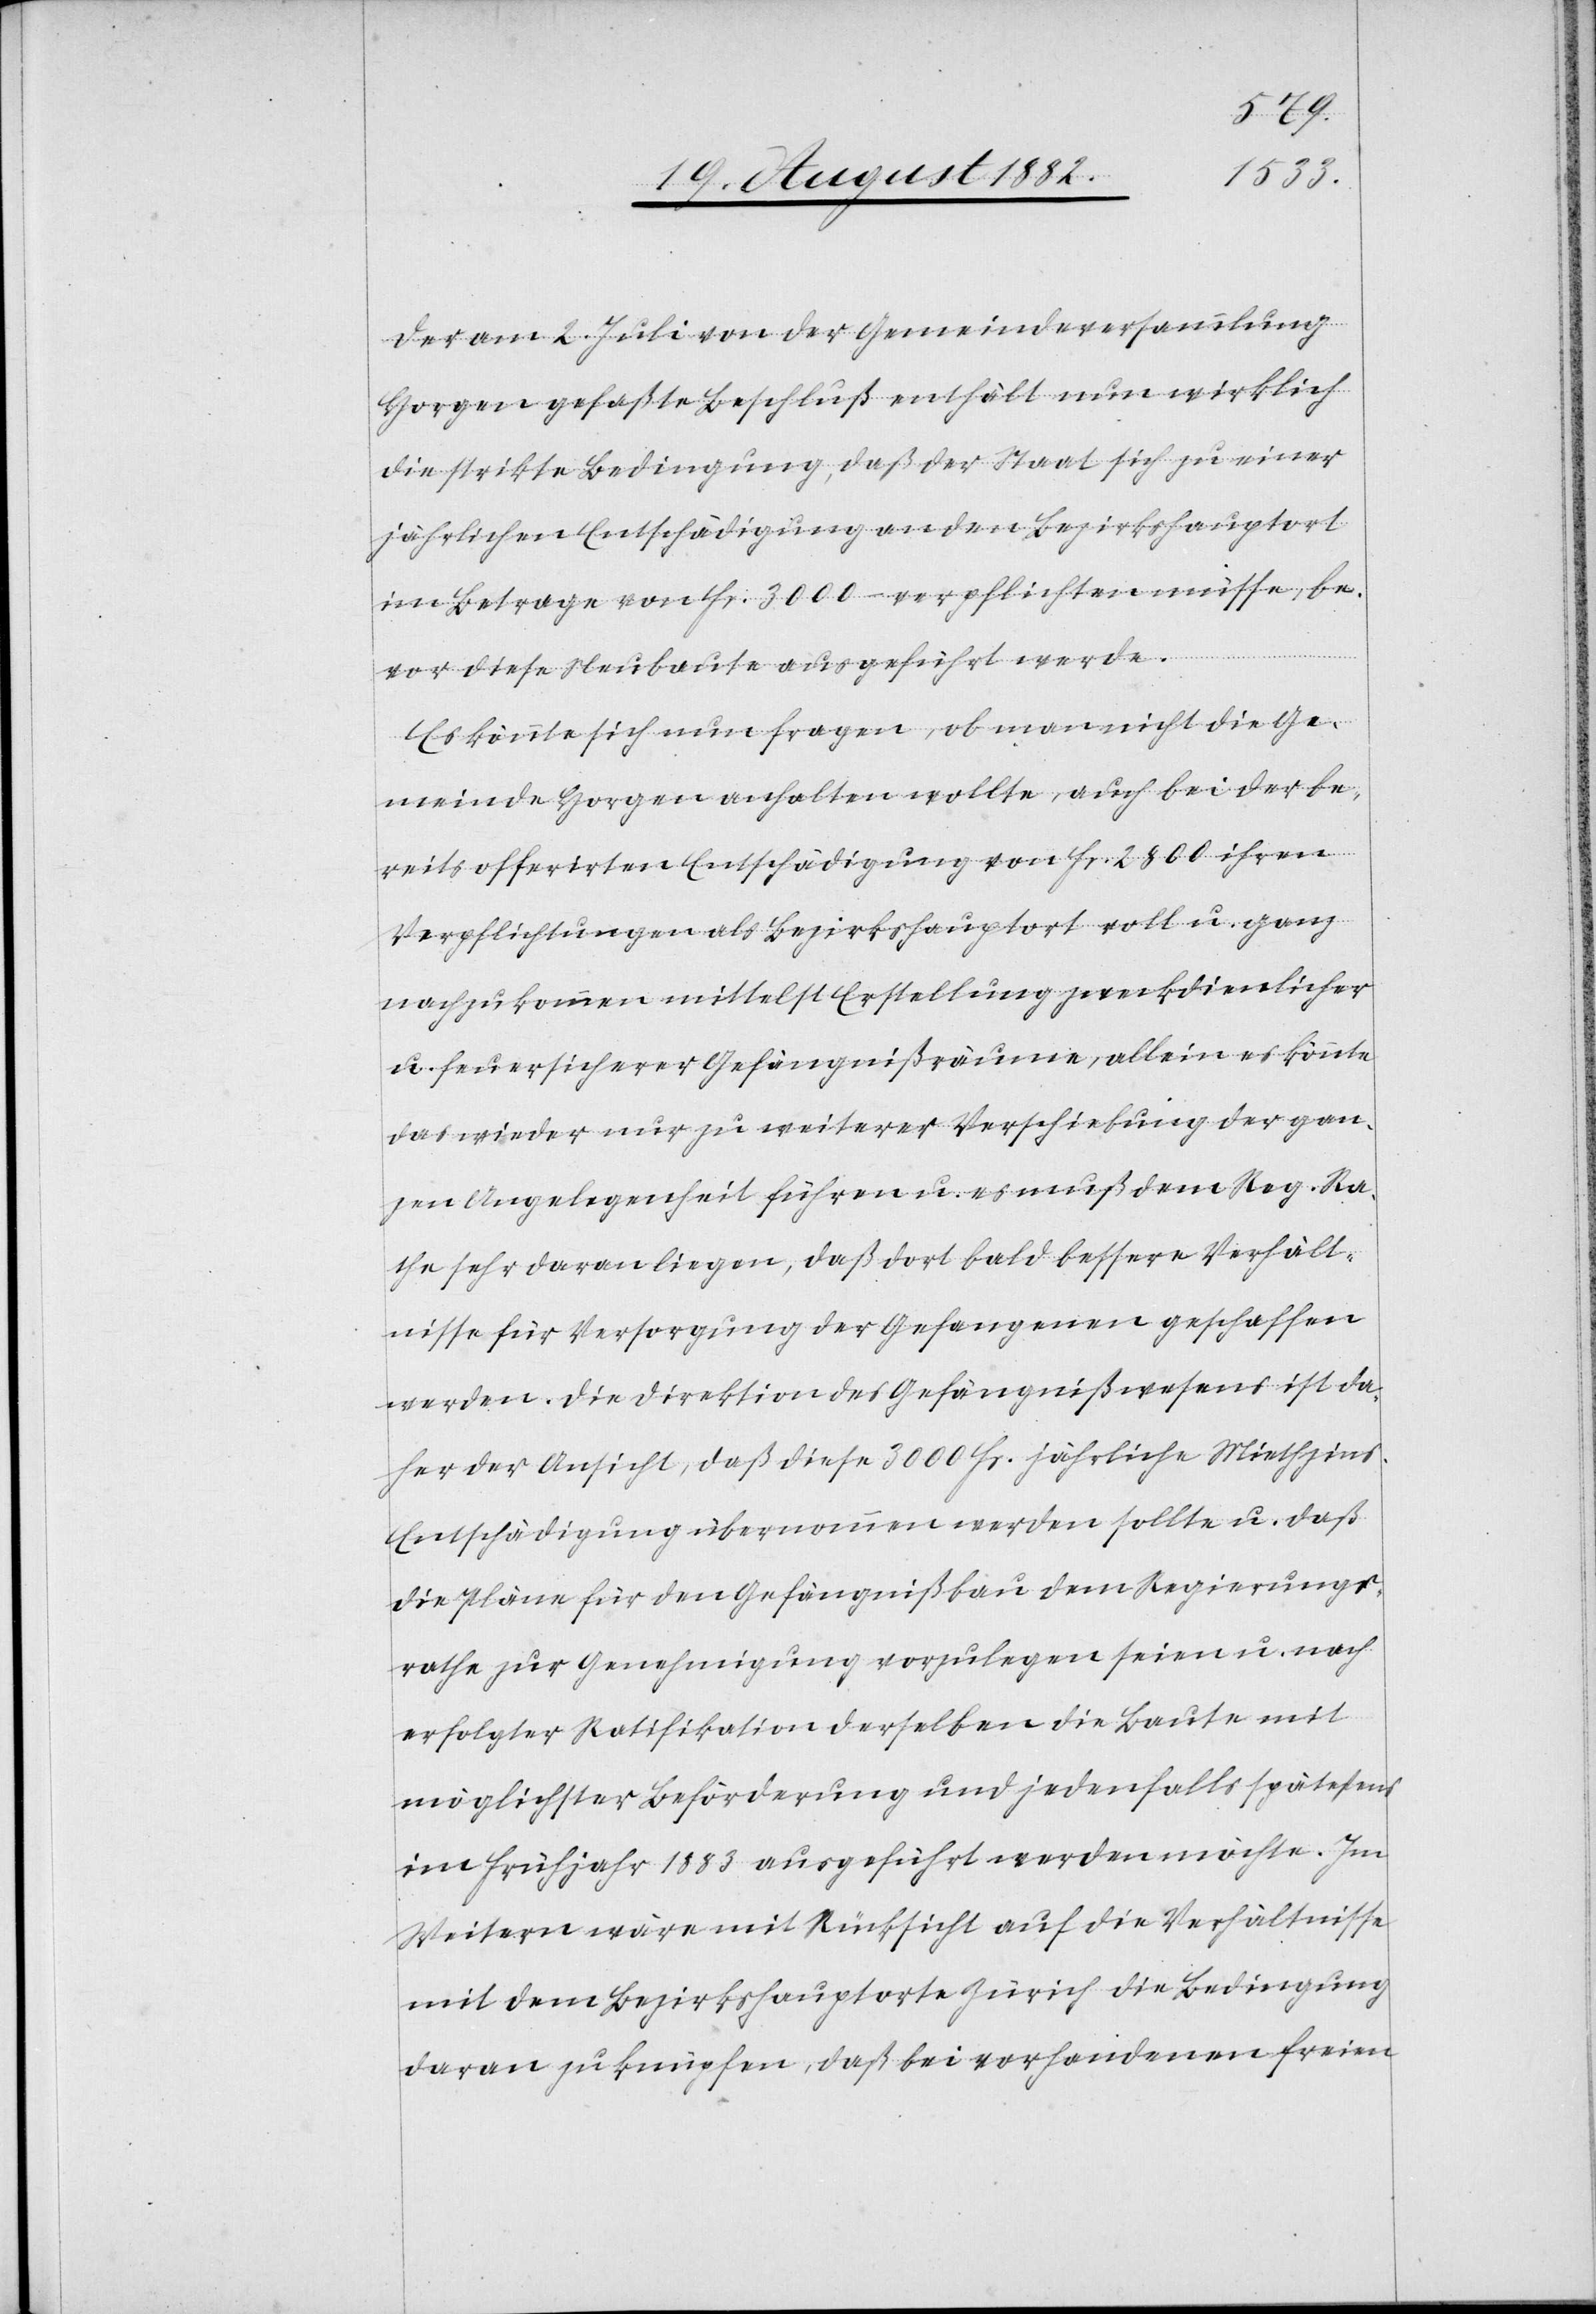
Der am 2. Juli von der Gemeindeversammlung
Horgen gefaßte Beschluß enthält nun wirklich
die strikte Bedingung, daß der Staat sich zu einer
jährlichen Entschädigung an den Bezirkshauptort
im Betrage von Fr. 3000 – verpflichten müsse, be¬
vor diese Neubaute ausgeführt werde.
Es könnte sich nun fragen, ob man nicht die Ge¬
meinde Horgen anhalten wollte, auch bei der be¬
reits offerirten Entschädigung von Fr. 2800 ihren
Verpflichtungen als Bezirkshauptort voll u. ganz
nachzukommen mittelst Erstellung zweckdienlicher
u. feuersicherer Gefängnißräume, allein es könnte
das wieder nur zu weiterer Verschiebung der gan¬
zen Angelegenheit führen u. es muß dem Reg. Ra¬
the sehr daran liegen, daß dort bald bessere Verhält¬
nisse für Versorgung der Gefangenen geschaffen
werden. Die Direktion des Gefängnißwesens ist da¬
her der Ansicht, daß diese 3000 Fr. jährliche Miethzin¬
s-Entschädigung übernommen werden sollte u. daß
die Pläne für den Gefängnißbau dem Regierungs¬
rathe zur Genehmigung vorzulegen seien u. nach
erfolgter Ratifikation derselben die Baute mit
möglichster Beförderung und jedenfalls spätestens
im Frühjahr 1883 ausgeführt werden möchte. Im
Weitern wäre mit Rücksicht auf die Verhältnisse
mit dem Bezirkshauptorte Zürich die Bedingung
daran zu knüpfen, daß bei vorhandenen freien